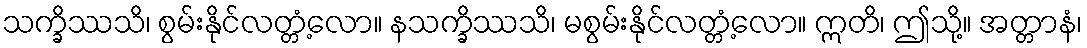
သက္ခိဿသိ၊ စွမ်းနိုင်လတ္တံ့လော။ နသက္ခိဿသိ၊ မစွမ်းနိုင်လတ္တံ့လော။ ဣတိ၊ ဤသို့။ အတ္တာနံ၊